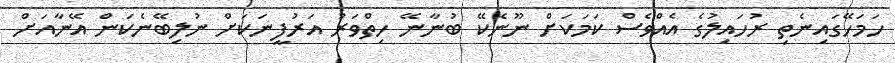
ހަމަހޭގައިނެތި ރުހައިލުގެ އެއްވެސް ކަމަކަށް ނޫނެކޭ ބުނާނޭ ހިތްވަރު އަރުފީނަކަށް ނުލިބޭނެކަން އޭނާއަށް